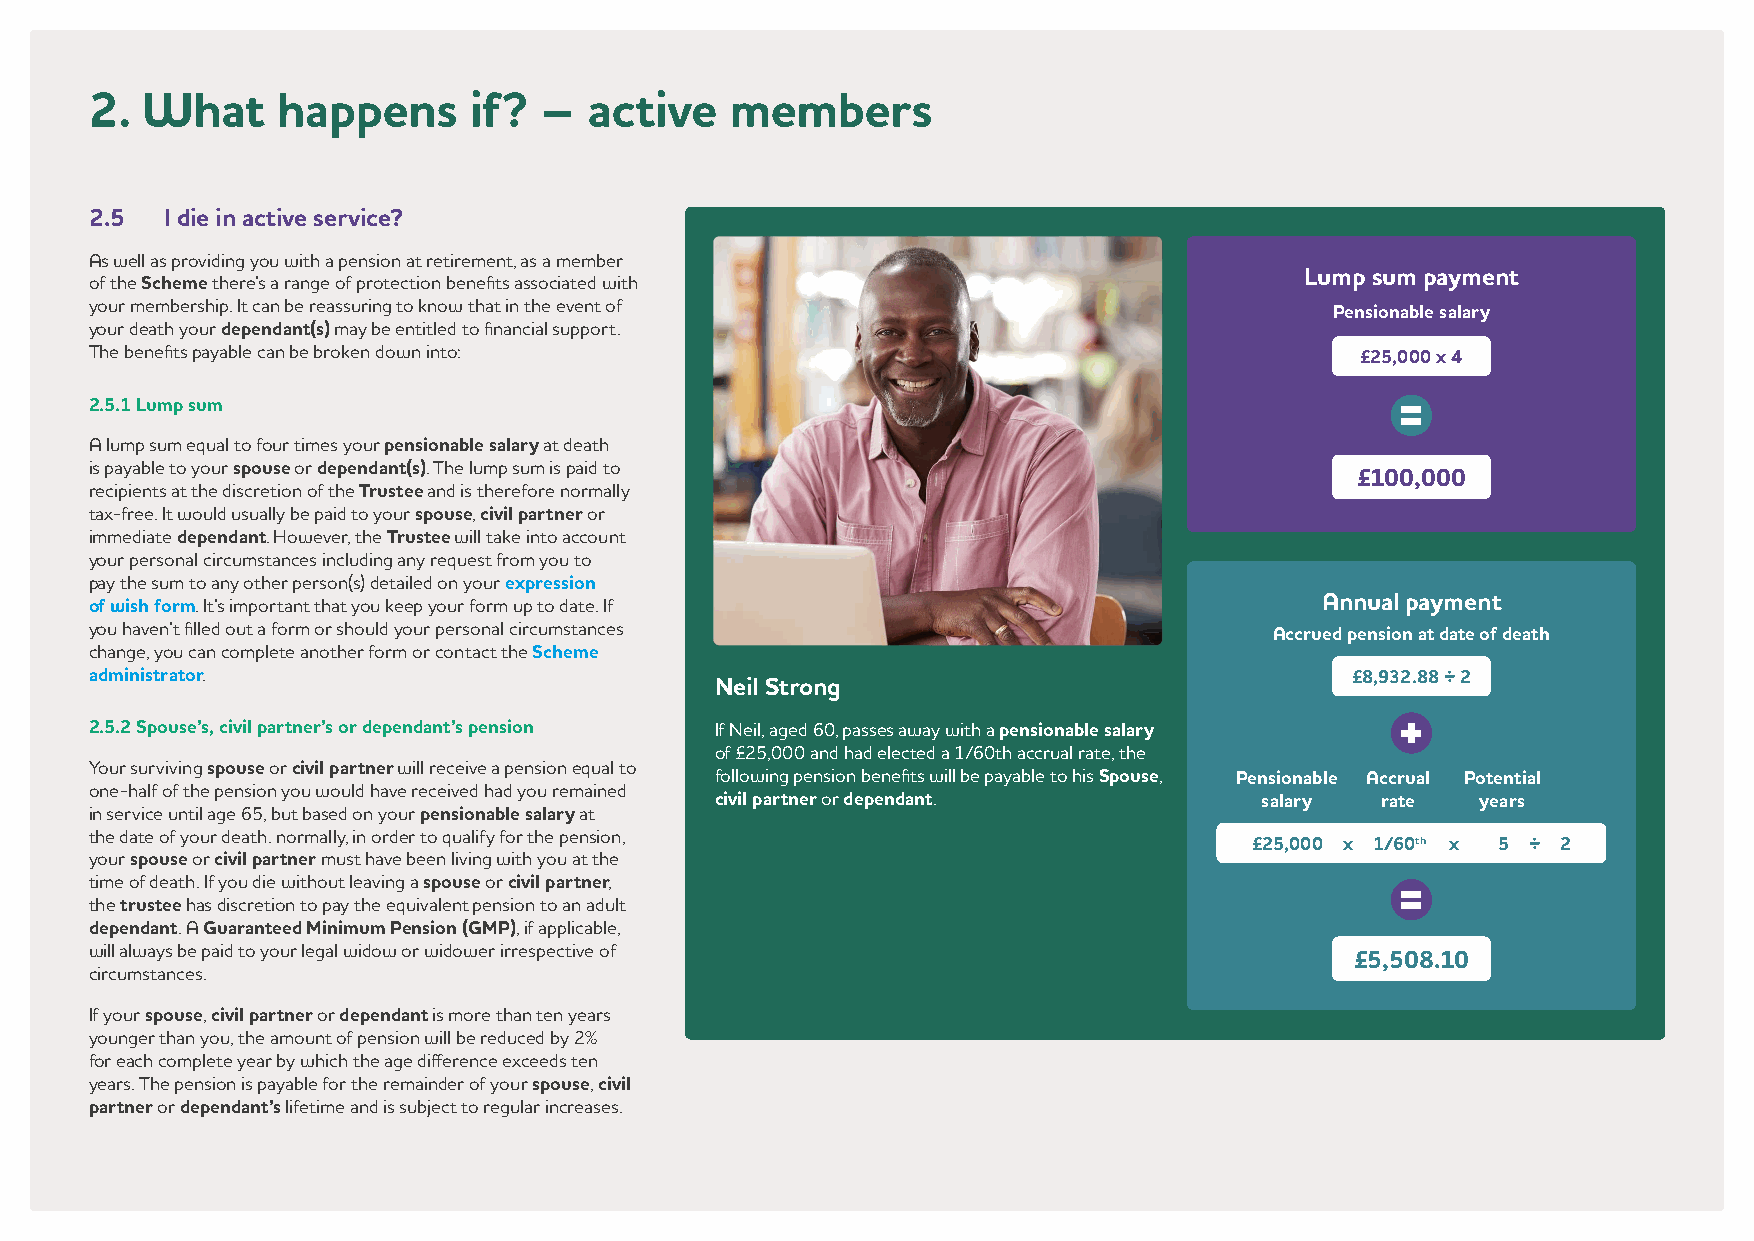
2. What     happens      if?  –  active   members
 2.5  I die in active service?
 As well as providing you with a pension at retirement, as a member
 Lump sum payment
 of the Scheme there’s a range of protection benefits associated with
 your membership. It can be reassuring to know that in the event of
 Pensionable salary
 your death your dependant(s) may be entitled to financial support.
 The benefits payable can be broken down into:
 £25,000 x 4
 2.5.1 Lump sum
 A lump sum equal to four times your pensionable salary at death
 is payable to your spouse or dependant(s). The lump sum is paid to
 £100,000
 recipients at the discretion of the Trustee and is therefore normally
 tax-free. It would usually be paid to your spouse, civil partner or
 immediate dependant. However, the Trustee will take into account
 your personal circumstances including any request from you to
 pay the sum to any other person(s) detailed on your expression
 of wish form. It’s important that you keep your form up to date. If              Annual payment
 you haven’t filled out a form or should your personal circumstances
 Accrued pension at date of death
 change, you can complete another form or contact the Scheme
 administrator.                                                                     £8,932.88 ÷ 2
 Neil Strong
 2.5.2 Spouse’s, civil partner’s or dependant’s pension If Neil, aged 60, passes away with a pensionable salary
 of £25,000 and had elected a 1/60th accrual rate, the
 Your surviving spouse or civil partner will receive a pension equal to following pension benefits will be payable to his Spouse, Pensionable Accrual Potential
 one-half of the pension you would have received had you remained
 civil partner or dependant.          salary rate   years
 in service until age 65, but based on your pensionable salary at
 the date of your death. normally, in order to qualify for the pension,
 £25,000 x 1/60th x 5 ÷ 2
 your spouse or civil partner must have been living with you at the
 time of death. If you die without leaving a spouse or civil partner,
 the trustee has discretion to pay the equivalent pension to an adult
 dependant. A Guaranteed Minimum Pension (GMP), if applicable,
 will always be paid to your legal widow or widower irrespective of
 £5,508.10
 circumstances.
 If your spouse, civil partner or dependant is more than ten years
 younger than you, the amount of pension will be reduced by 2%
 for each complete year by which the age difference exceeds ten
 years. The pension is payable for the remainder of your spouse, civil
 partner or dependant’s lifetime and is subject to regular increases.